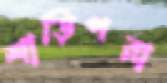
শাড়িপরা